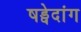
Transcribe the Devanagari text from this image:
षड्वेदांग